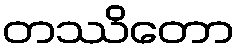
တဿိတော